Report of the Bombay Veterinary College
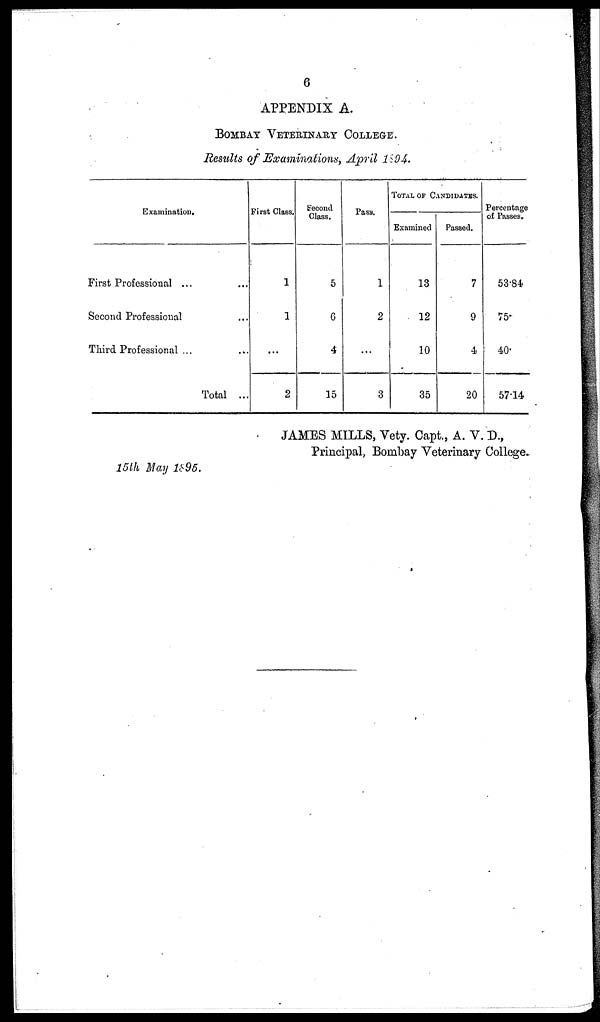
6
APPENDIX A.
BOMBAY VETERINARY COLLEGE
Results of Examinations, April 1894.
Examination.
First Professional ...
Second Professional
Third Professional ...
Total ...
First Class.
1
1
...
2
Second
Class.
5
6
4
15
Pass.
1
2
...
3
TOTAL OF CANDIDATES.
Examined
13
12
10
35
Passed.
7
9
4
20
Percentage
of Passes.
53.84
75
40
57.14
JAMES MILLS, Vety. Capt., A. V. D.,
Principal, Bombay Veterinary College.
15th May 1895.